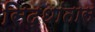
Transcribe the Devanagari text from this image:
सिद्धांतास